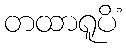
တထာရူပိံ